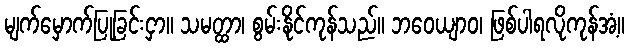
မျက်မှောက်ပြုခြင်းငှာ။ သမတ္ထာ၊ စွမ်းနိုင်ကုန်သည်။ ဘဝေယျာဝ၊ ဖြစ်ပါရလိုကုန်အံ့။